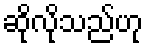
ဆိုလိုသည်ဟု